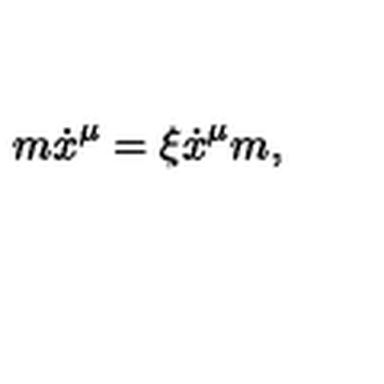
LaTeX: m \dot { x } ^ { \mu } = \xi \dot { x } ^ { \mu } m ,